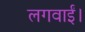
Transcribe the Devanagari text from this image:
लगवाईं।